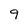
Character: g